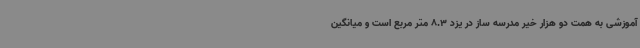
آموزشی به همت دو هزار خیر مدرسه ساز در یزد 8.3 متر مربع است و میانگین